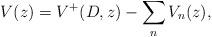
LaTeX: \begin{align*}V(z) = V^+(D, z) - \sum_{n } V_n(z),\end{align*}